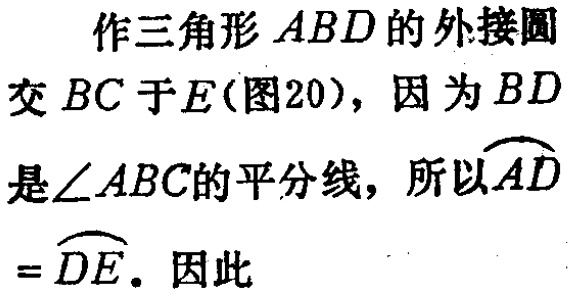
作三角形 \(ABD\) 的外接圆
交 \(BC\) 于 \(E\)(图20)，因为 \(BD\)
是\(\angle ABC\)的平分线，所以\(\overset{\frown}{AD}\)
\(=\overset{\frown}{DE}\). 因此